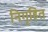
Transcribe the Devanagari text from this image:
निगृहित